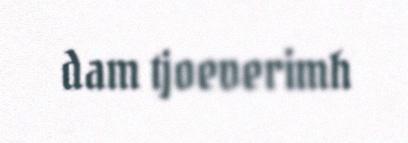
dam tjoeverimh